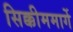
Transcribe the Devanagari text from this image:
सिक्कीममार्गे